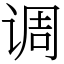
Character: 调